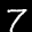
Label: 7